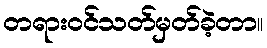
တရားဝင်သတ်မှတ်ခဲ့တာ။